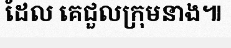
ដែល គេជួលក្រុមនាង៕